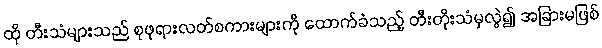
ထို တီးသံများသည် စုဖုရားလတ်စကားများကို ထောက်ခံသည့် တီးတိုးသံမှလွဲ၍ အခြားမဖြစ်